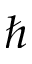
\hbar